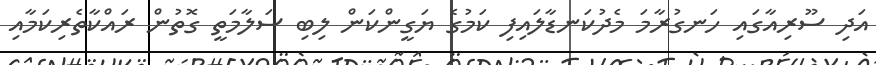
އަދި ސޫރިއާގައި ހަނގުރާމަ މެދުކަނޑާލައިފި ކަމުގެ ޔަގީންކަން ލިބި ސަލާމަތީ ގޮތުން ރައްކާތެރިކަމާއި